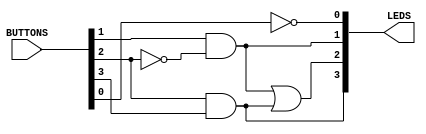
`timescale 1ns / 1ps
//////////////////////////////////////////////////////////////////////////////////
// Module Name: lab3 JMU
//////////////////////////////////////////////////////////////////////////////////


module lab3(
    input [3:0] BUTTONS,
    output [5:0] LEDS
    );

    assign LEDS[0] = ~BUTTONS[0];
    assign LEDS[1] = BUTTONS[1] & ~BUTTONS[2];
    assign LEDS[3] = BUTTONS[2] & BUTTONS[3];
    assign LEDS[2] = LEDS[1] | LEDS[3];


endmodule